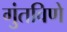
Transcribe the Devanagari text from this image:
गुंतविणे